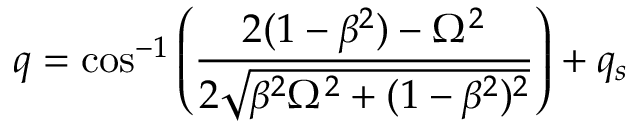
q = \cos ^ { - 1 } \left( \frac { 2 ( 1 - \beta ^ { 2 } ) - \Omega ^ { 2 } } { 2 \sqrt { \beta ^ { 2 } \Omega ^ { 2 } + ( 1 - \beta ^ { 2 } ) ^ { 2 } } } \right) + q _ { s }